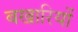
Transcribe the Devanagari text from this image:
बखारियों